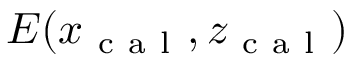
E ( x _ { \mathrm { ~ c ~ a ~ l ~ } } , z _ { \mathrm { ~ c ~ a ~ l ~ } } )